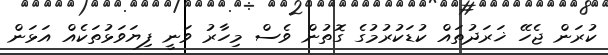
ކުރަން ޖެހޭ ޚަރަދުތައް ކުޑަކުރުމުގެ ގޮތުން ވެސް މިހާރު ވަނީ ފިޔަވަޅުތަކެއް އަޅަން